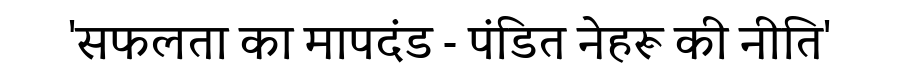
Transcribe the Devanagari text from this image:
'सफलता का मापदंड - पंडित नेहरू की नीति'